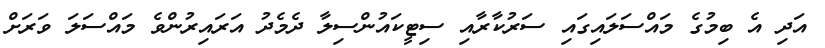
އަދި އެ ބިމުގެ މައްސަލައިގައި ސަރުކާރާއި ސިޓީކައުންސިލާ ދެމެދު އަރައިރުންވެ މައްސަލަ ވަރަށް